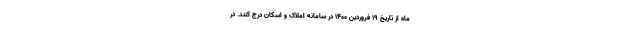
ماه از تاریخ ۱۹ فروردین ۱۴۰۰ در سامانه املاک و اسکان درج کنند. در